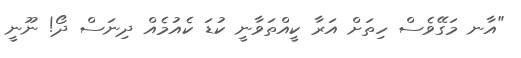
"އާނ މަގޭވެސް ހިތަށް އަރާ ކީއްތަވާނީ ކުޑަ ކެއުމެއް ދިނަސް ދޯ! ނޫނީ